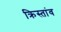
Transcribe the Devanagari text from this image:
क्रिस्तांव